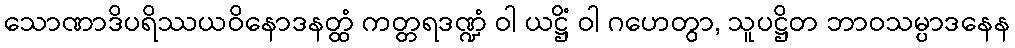
သောဏာဒိပရိဿယဝိနောဒနတ္ထံ ကတ္တရဒဏ္ဍံ ဝါ ယဋ္ဌိံ ဝါ ဂဟေတွာ, သူပဋ္ဌိတ ဘာဝသမ္ပာဒနေန